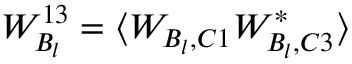
W _ { B _ { l } } ^ { 1 3 } = \langle W _ { B _ { l } , C 1 } W _ { B _ { l } , C 3 } ^ { * } \rangle